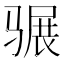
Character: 𩨍